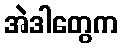
အဲဒါတွေက